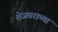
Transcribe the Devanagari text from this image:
शेजघराच्या